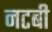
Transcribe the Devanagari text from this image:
नटबी